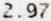
2.97